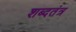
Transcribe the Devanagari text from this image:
शब्दतंत्र